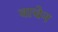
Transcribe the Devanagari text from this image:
वाचेन